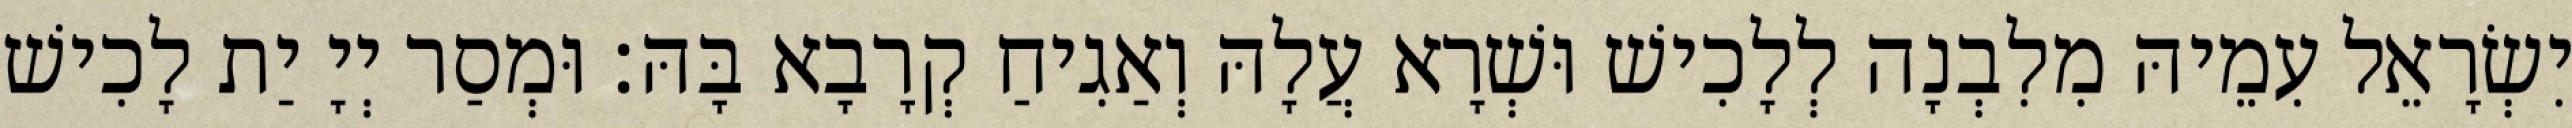
יִשְׂרָאֵל עִמֵיהּ מִלִבְנָה לְלָכִישׁ וּשְׁרָא עֲלָהּ וְאַגִיחַ קְרָבָא בָּהּ׃ וּמְסַר יְיָ יַת לָכִישׁ